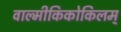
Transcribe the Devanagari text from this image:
वाल्मीकिकोकिलम्‌